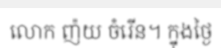
លោក ញ៉យ ចំរើន។ ក្នុងថ្ងៃ